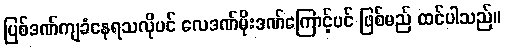
ပြစ်ဒဏ်ကျခံနေရသလိုပင် လေဒဏ်မိုးဒဏ်ကြောင့်ပင် ဖြစ်မည် ထင်ပါသည်။